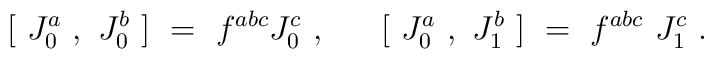
{}~~[~J_0^a~ ,~ J_0^b~]~=~f^{abc} J_0^c ~,~~~~~[~J_0^a~,~J_1^b~]~=~f^{abc}{}~J_1^{c} ~.~